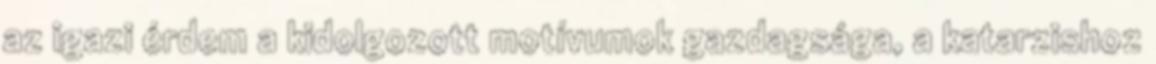
az igazi érdem a kidolgozott motívumok gazdagsága, a katarzishoz